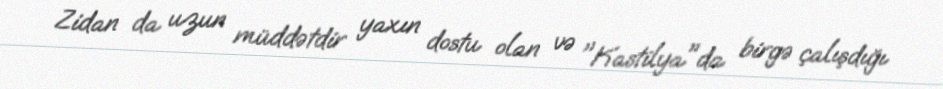
Zidan da uzun müddətdir yaxın dostu olan və "Kastilya"da birgə çalışdığı